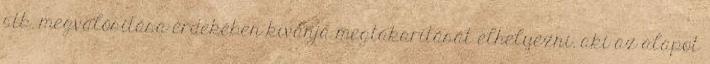
stb. megvalósítása érdekében kívánja megtakarítását elhelyezni. aki az alapot